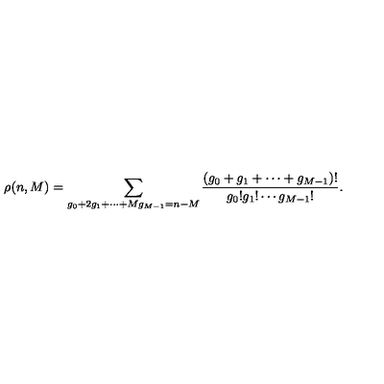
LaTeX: \rho ( n , M ) = \sum _ { g _ { 0 } + 2 g _ { 1 } + \cdots + M g _ { M - 1 } = n - M } \frac { ( g _ { 0 } + g _ { 1 } + \cdots + g _ { M - 1 } ) ! } { g _ { 0 } ! g _ { 1 } ! \cdots g _ { M - 1 } ! } .